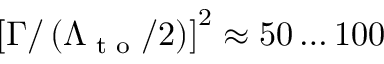
\left[ \Gamma / \left( \Lambda _ { \textrm { t o } } / 2 \right) \right] ^ { 2 } \approx 5 0 \dots 1 0 0